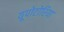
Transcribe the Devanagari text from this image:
यूपोटोरिया